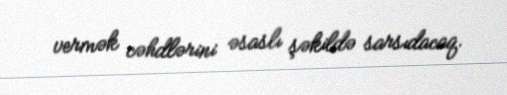
vermək cəhdlərini əsaslı şəkildə sarsıdacaq.